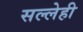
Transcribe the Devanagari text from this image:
सल्लेही